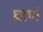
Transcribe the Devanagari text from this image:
घ्राणं